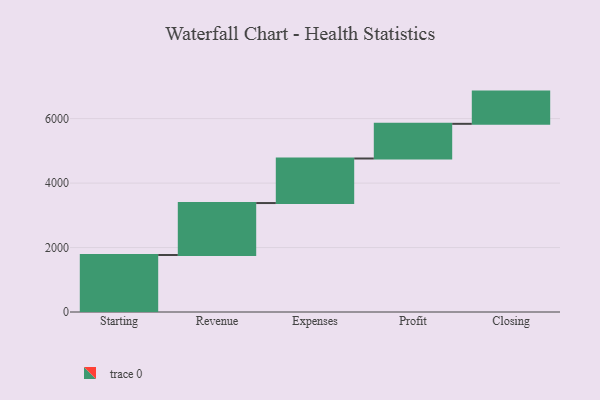
{"axis": {"x": "Step", "y": "Value"}, "legend": [""], "data": [{"x": "Starting", "y": 1769.0, "type": ""}, {"x": "Revenue", "y": 1612.0, "type": ""}, {"x": "Expenses", "y": 1382.0, "type": ""}, {"x": "Profit", "y": 1076.0, "type": ""}, {"x": "Closing", "y": 1000, "type": ""}]}